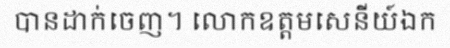
បានដាក់ចេញ។ លោកឧត្តមសេនីយ៍ឯក